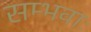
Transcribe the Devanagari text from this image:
सम्भवाः